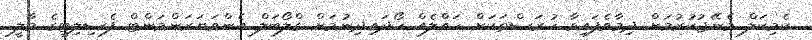
ކެމިކަލް މެނޭޖުކުރުމަށް ދިމާވެފައިވާ ހުރަސްތަކަށް ހައްލެއް ހޯދައިދިނުމަށް ގްލޯބަލް އެންވަޔަރަންމަންޓް ފެސިލިޓީގެ މާލީ